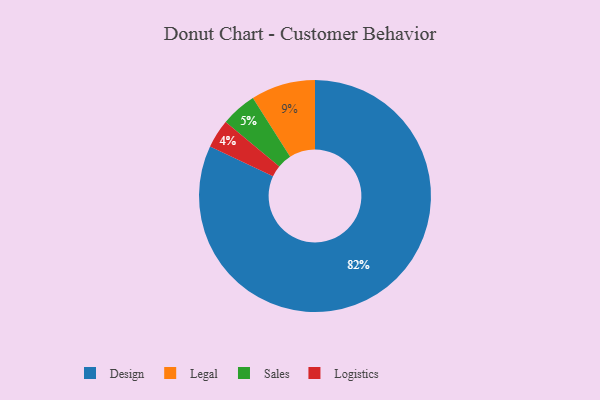
{"axis": {"x": "Category", "y": "Percentage"}, "legend": ["Design", "Legal", "Logistics", "Sales"], "data": [{"x": "Legal", "y": 9, "type": "Legal"}, {"x": "Design", "y": 82, "type": "Design"}, {"x": "Logistics", "y": 4, "type": "Logistics"}, {"x": "Sales", "y": 5, "type": "Sales"}]}